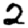
Digit: 2